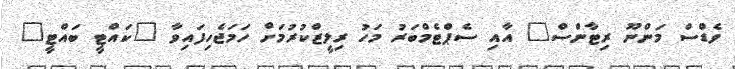
ވެޑްސް މަންނޫ ރިޓާންސް" އާއި ސެޕްޓެމްބަރު މަހު ރިލީޒްކުރުމަށް ހަމަޖެހިފައިވާ "ކައްޓީ ބައްޓީ"